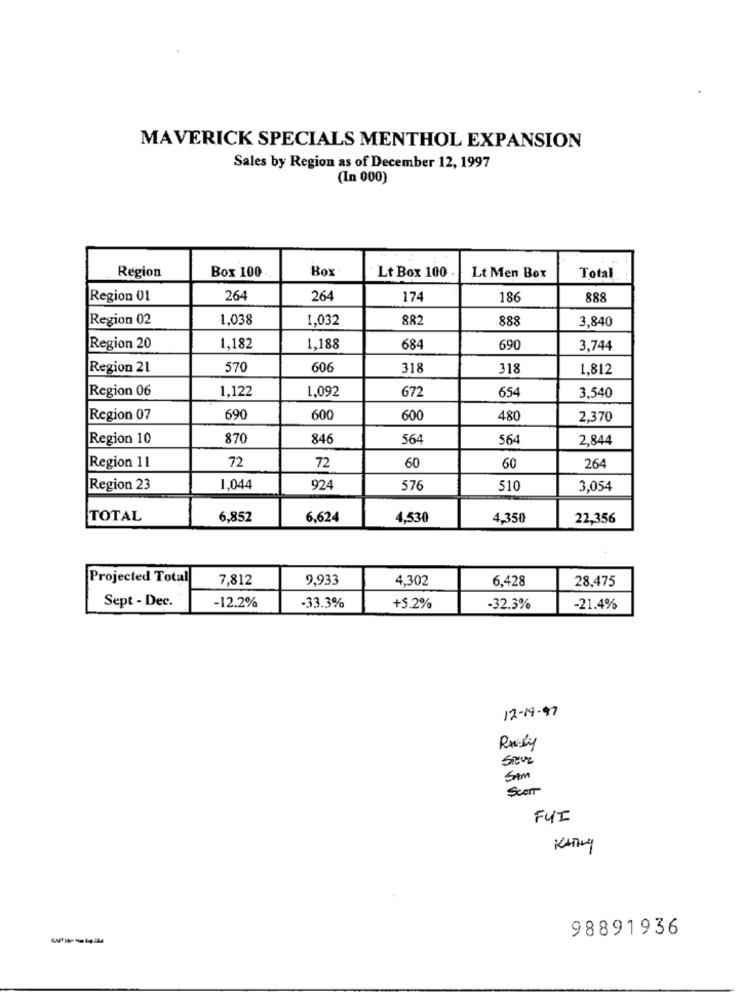
MAVERICK SPECIALS MENTHOL EXPANSION
Sales by Region as of December 12, 1997
(In 000)
Region
Box 100
Box
Total
Lt Box 100
Lt Men Box
Region 01
264
264
174
186
888
Region 02
1,038
1,032
882
888
3,840
Region 20
1,182
1,188
684
690
3,744
Region 21
570
606
318
318
1,812
Region 06
1,122
1,092
672
654
3,540
Region 07
690
60
60
480
2,370
Region 10
870
846
564
564
2,844
72
72
60
Region 11
60
264
Region 23
1,044
924
576
510
3,054
TOTAL
6,852
6,624
4,530
4,350
22,356
Projected Total
7,812
9,933
4.302
6,428
28,475
Sept - Dec.
-12.2%
-33.3%
+5.2%
-32.3%
-21.4%
12-19-97
Rnily
STEVE
Sim
Scen
FUI
98891936